Vaccination in the Punjab 1867-1880 - 1867-1880
Year: 1867
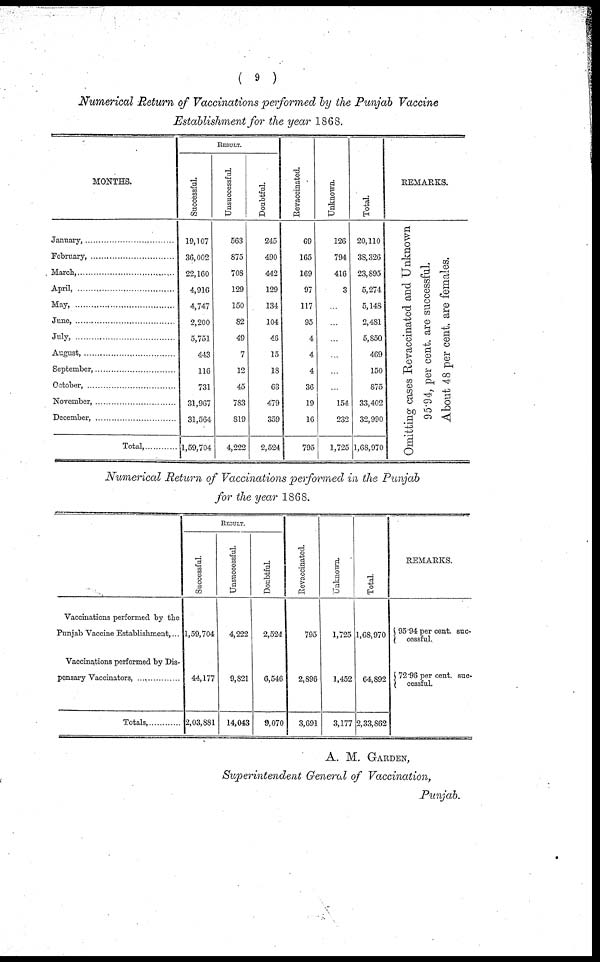
( 9 )
Numerical Return of Vaccinations performed by the Punjab Vaccine
Establishment for the year 1868.
MONTHS.
January, ... ... ... ... ... ... ... ... ... ... ...
February, ... ... ... ... ... ... ... ... ... ... ...
March, ... ... ... ... ... ... ... ... ... ... ...
April, ... ... ... ... ... ... ... ... ... ... ...
May, ... ... ... ... ... ... ... ... ... ... ...
June, ... ... ... ... ... ... ... ... ... ... ...
July, ... ... ... ... ... ... ... ... ... ... ...
August, ... ... ... ... ... ... ... ... ... ... ...
September, ... ... ... ... ... ... ... ... ... ... ...
October, ... ... ... ... ... ... ... ... ... ... ...
November, ... ... ... ... ... ... ... ... ... ... ...
December, ... ... ... ... ... ... ... ... ... ... ...
Total, ... ... ... ...
RESULT.
Successful.
19,107
36,002
22,160
4,916
4,747
2,200
5,751
443
116
731
31,967
31,564
1,59,704
Unsuccessful.
563
875
708
129
150
82
49
7
12
45
783
819
4,222
Doubtful.
245
490
442
129
134
104
46
15
18
63
479
359
2,524
Revaccinated.
69
165
169
97
117
95
4
4
4
36
19
16
795
Unknown.
126
794
416
3
...
...
...
...
...
...
154
232
1,725
Total.
20,110
38,326
23,895
5,274
5,148
2,481
5,850
469
150
875
33,402
32,990
1,68,970
REMARKS.
Omitting cases Revaccinated and Unknown
95.94, per cent. are successful.
About 48 per cent. are females.
Numerical Return of Vaccinations performed in the Punjab
for the year 1868.
Vaccinations performed by the
Punjab Vaccine Establishment, ...
Vaccinations performed by Dis-
pensary Vaccinators, ... ... ... ... ...
Totals,
RESULT.
Successful.
1,59,704
44,177
2,03,881
Unsuccessful.
4,222
9,821
14,043
Doubtful.
2,524
6,546
9,070
Revaccinated.
795
2,896
3,691
Unknown,
1,725
1,452
3,177
Total.
1,68,970
64,892
2,33,862
REMARKS.
{ 95.94 per cent. suc-
cessful.
{ 72.96 per cent, suc-
cessful.
A. M. GARDEN,
Superintendent General of Vaccination,
Punjab.